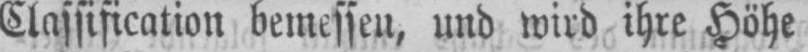
Classification bemessen, und wird ihre Höhe